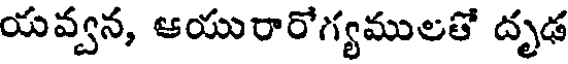
యవ్వన, ఆయురారోగ్యములతో దృఢ